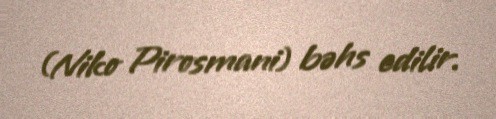
(Niko Pirosmani) bəhs edilir.